Vital statistics of India. Vol. IV, Annual returns from 1871 to 1876. British Army of India, Native Army and jails of Bengal
Year: 1871
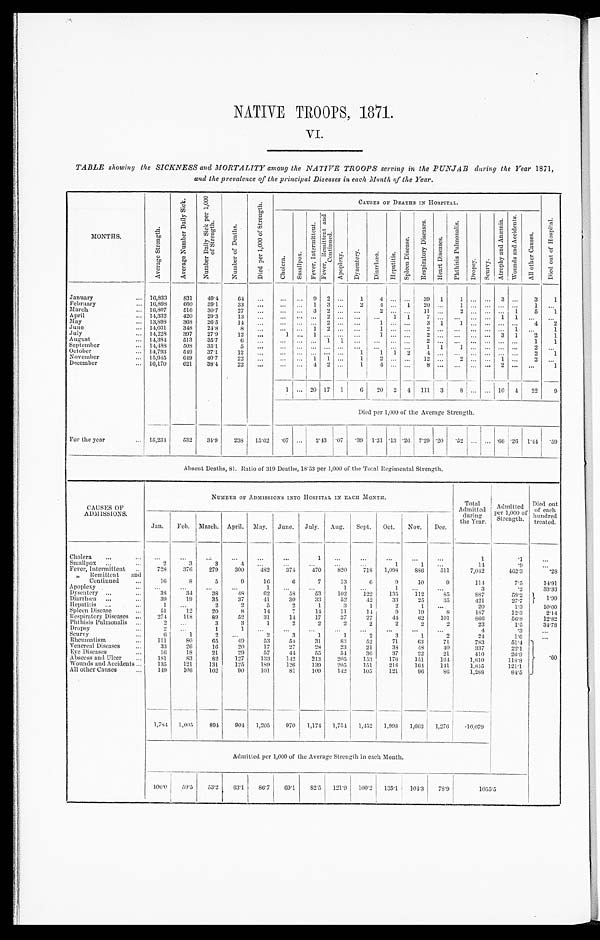
NATIVE TROOPS , 1871.
VI.
TABLE showing the SICKNESS and MORTALITY among the NATIVE TROOPS serving in the PUNJAB during the Year 1871,
and the prevalence of the principal Diseases in each Month of the Year.
MONTHS.
A v e r a g e S t r e n g t h .
A v e r a g e N u m b e r D a i l y S i c k .
N u m b e r D a i l y S i c k p e r 1 , 0 0 0 o f S t r e n g t h .
N u m b e r o f D e a t h s .
D i e d p e r 1 , 0 0 0 o f S t r e n g t h .
CAUSES OF DEATHS IN HOSPITAL.
C h o l e r a . S m a l l p o x .
F e v e r , I n t e r m i t t e n t .
F e v e r , R e m i t t e n t a n d C o n t i n u e d .
A p o p l e x y .
D y s e n t e r y .
D i a r r h œ a .
H e p a t i t i s . S p l e e n D i s e a s e .
R e s p i r a t o r y D i s e a s e s .
H e a r t D i s e a s e s .
P h t h i s i s P u l m o n a l i s .
D r o p s y . Sc u r v y .
A t r o p h y a n d A n æ m i a .
W o u n d s a n d A c c i d e n t s .
A l l o t h e r C a u s e s .
D i e d o u t o f H o s p i t a l .
January
16,833
831
4 9 . 4
64
... ... ...
9 2
. . .
1
4 ... ... 39 1
1
. . .
...
3
. . . 3
1
February
16,898
660
39.1
33 ...
... ... 1 3
. . . 2
4 ... 1 20 ...
1 . . .
... ...
. . .
1
. . .
March
16,807
516
30.7
27 ...
... ... 3
2 . . .
. . .
2 . . . . . .
1 1 ...
2 . . .
... ...
1 5
1
April
14,332
420
29.3
13
... ...
... ... 2
. . . . . . ... 1 1
7 ... . . .
. . . ... 1 1
. . .
. . .
May
13,898
368
26.5
14
... ... ... ... 2
. . . ...
1
. . . . . . 3 1
1 ... ... ... ...
4
2
June 14,031
348 24.8
8
... ...
. . . 1 2
. . .
. . . 1 ...
. . .
2 ...
. . . ... ... ...
1
. . . 1
July
14,228
397
27.9
12 ...
1 ... 1
. . . . . .
. . . 1
. . . . . . 2 ...
. . . . . . ... 3 1
2
1
August
14,384 513
35.7
6
... ...
... ... 1 1 ... ... ... ...
2 ...
. . . . . .
... ... ...
1
1
September
14,488
508 35.1
5 ... ...
. . . ... . . . . . . . . .
. . .
. . . . . . 1 1
1
. . .
... ...
. . . 2
. . .
October
14,793
549 37.1
12
. . . ... ... ... ... ...
1
1
1 2
4 ...
. . . . . .
... ...
. . . 2
1
November
15,945
649 40.7
22
... ... ... 1 1 ...
1
2 . . . . . .
1 2
...
2 . . .
... 1
. . .
2
. . .
December 16,170
621
38.4
22 ...
... ...
4 2
. . .
1
4
. . . . . .
8 ...
. . . . . . . . .
2
. . .
. . .
1
1 ... 20 17 1
6 20
2 4 111 3
8 ... ... 10 4 22
9
Died per 1,000 of the Average Strength.
For the year
15,234 532
34.9 238 15.62
. 0 7 ...
2 . 4 3
. 0 7 .39 1.31 . 1 3 .26 7.29 .20 .52 ... ... .66
. 2 6
1.44 .59
Absent Deaths, 81. Ratio of 319 Deaths, 18.53 per 1,000 of the Total Regimental Strength.
CAUSES OF
ADMISSIONS.
NUMBER OF ADMISSIONS INTO HOSPITAL IN EACH MONTH.
Total
Admitted
during
the Year.
Ad mi t t e d p e r 1 , 0 0 0 o f St r e n g t h .
Died out
of each
hundred
treated.
Jan. Feb. March. April. May. June. July. Aug. Sept. Oct. Nov. Dec.
Cholera
...
...
...
...
...
...
1 ...
...
...
...
...
1
.1
...
Smallpox
2
3
3
4 ...
. . . ...
...
...
1
1
. . .
14
.9
. . .
Fever, Intermittent
728
376
279
300
482 374
470
820
718 1,098 886
511
7,042
462.3
. 28
" Remittent and
Continued
16
8
5
9
16
6
7
13
6
9
10
9
1 1 4
7.5
14. 91
Apoplexy
...
...
...
...
1
...
...
1
. . .
1
. . . ...
3
.2
33.33
Dysentery
38
34
38
48
62
58
53
102
122
135
112
85
887
58.2
1 . 9 9
Diarrhœa
39
19
35
37
41
30
33
52
42
:33
25
35
421
27.7
Hepatitis
1
...
2
2
5
2
1
3
1
2
1
. . .
20
1. 3
10.00
Spleen Disease
51
12
20
8
14
7
14
11
14
9
19
8
187
12.3
2.14
Respiratory Diseases
274
118
89
52
31
14
17
37
27
44
62
101
866
56.8
12.82
Phthisis Pulmonalis
2
. . .
3
3
1
2
2
2
2
2
2
2
23
1. 5
34.78
Dropsy
2
. . .
1
1
. . . ...
...
...
...
...
...
...
4
.3
. . .
Scurvy
6
1
2
. . .
2
3
1
1
2
3
1
2
24
1.6
...
Rheumatism
111
80
65
49
53
54
31
83
52
71
63
71
783
51.4
. 6 0
Venereal Diseases
33
26
16
20
17
27
28
23
21
38
48
40
337
22.1
Eye Diseases
16
18
21
29
57
44
55
54
36
37
22
21
410
26.9
Abscess and Ulcer
181
83
82
127
133
142
213
205
153
176
151
164
1,810
118.8
Wounds and Accidents
135
121
131
125
189
126
139
205
151
218
164 141
1,845
121.1
All other Causes
149
106
102
90
101
81
109
142 105
121
96
86
1,288
84.5
1,784 1,005
894
904 1,205
970 1,17 4 1,754 1,452
1 , 9 9 8 1,663 1,276
. 1 6 , 0 7 9
Admitted per 1,000 of the Average Strength in each Month.
1 0 6 . 0 5 9 . 5
53.2 63.1
8 6 . 7
6 9 . 1
8 2 . 5 121.9 100.2
1 3 5 . 1
1 0 4 . 3
78.9
1 0 5 5 . 5